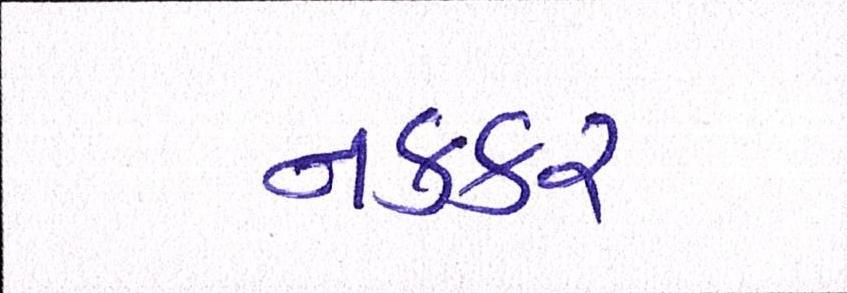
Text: નકકર